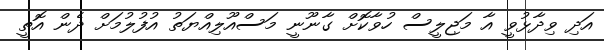
އަދި ވިދާޅުވީ އާ މަޖިލީސް ހުވާކޮށް ގާނޫނީ މަސްއޫލިއްޔަތު އުފުލުމަށް ދެން އޮތީ